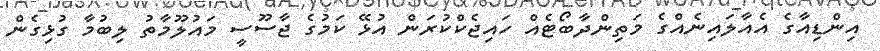
އިންޑިއާގެ އެއާލައިނެއްގެ މަތިންދާބޯޓެއް ހައިޖެކްކުރަން އުޅޭ ކަމުގެ ޖާސޫސީ މައުލޫމާތު ލިބުމާ ގުޅިގެން